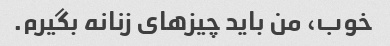
خوب، من باید چیزهای زنانه بگیرم.